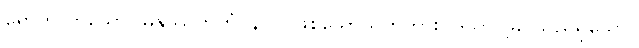
ရောက်လာသော။ မနုဿဘူတံပန၊ လူဖြစ်သောသူကိုကား။ ဒိသွာ၊ မြင်သည်ရှိသော်။